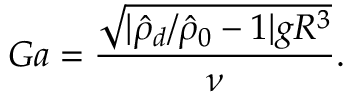
G a = \frac { \sqrt { | \hat { \rho } _ { d } / \hat { \rho } _ { 0 } - 1 | g R ^ { 3 } } } { \nu } .